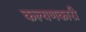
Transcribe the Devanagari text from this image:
कल्यणकारी